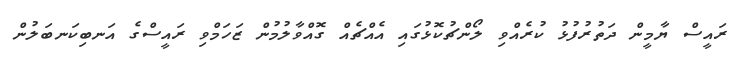
ރައީސް ޔާމީން ދަތުރުފުޅު ކުރެއްވި ލޯންޗުކޮޅުގައި އެއްޗެއް ގޮއްވާލުމުން ޒަހަމްވި ރައީސްގެ އަނބިކަނބަލުން